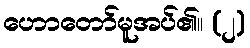
ဟောတော်မူအပ်၏။ (၂)